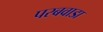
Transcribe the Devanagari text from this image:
परबवाडा